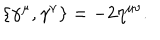
\{ \gamma ^ { \mu } , \gamma ^ { \nu } \} = - 2 \eta ^ { \mu \nu } .